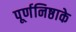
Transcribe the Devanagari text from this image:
पूर्णनिष्ठाके